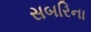
સબરિના